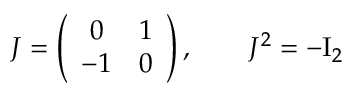
J = \left( \begin{array} { c c } { { 0 } } & { { 1 } } \\ { { - 1 } } & { { 0 } } \end{array} \right) , \qquad J ^ { 2 } = - \mathrm { I } _ { 2 }